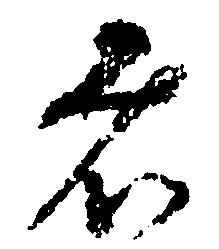
者